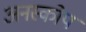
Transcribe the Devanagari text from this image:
अनस्कोप